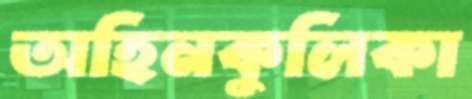
অহিনকুলিকা